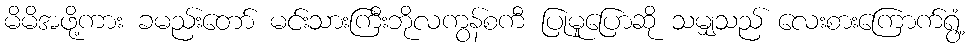
မိမိအဖို့ကား ခမည်းတော် မင်းသားကြီးဘိုလကွန်စကီ ပြုမူပြောဆို သမျှသည် လေးစားကြောက်ရွံ့